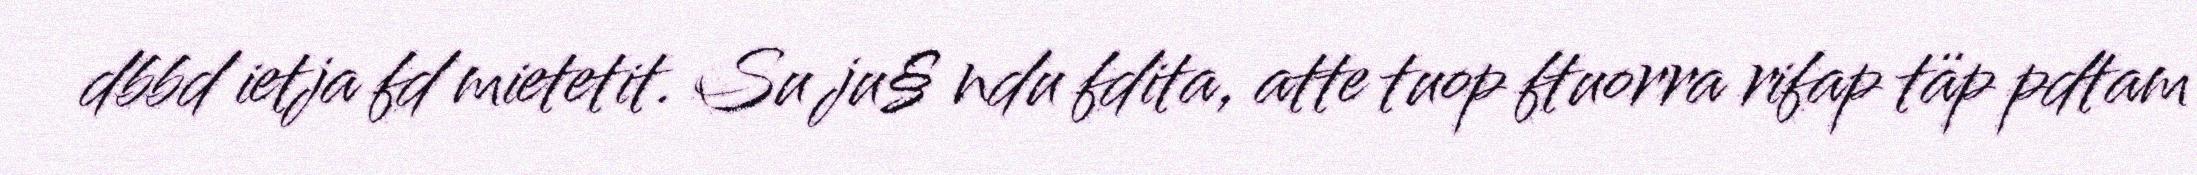
dbbd ietja fd mietetit. Su ju§ ndu fdita, atte tuop ftuorra rifap täp pdtam